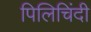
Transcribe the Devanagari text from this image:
पिलिचिंदी